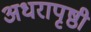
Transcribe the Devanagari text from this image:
अधरापृष्ठी